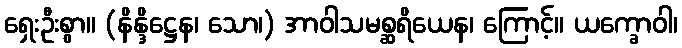
ရှေးဦးစွာ။ (နိန္ဒိဋ္ဌေန၊ သော၊) အာဝါသမစ္ဆရိယေန၊ ကြောင့်။ ယက္ခောဝါ၊